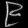
Digit: ၉